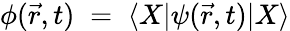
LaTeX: \phi(\vec{r},t)\; =\; \langle X|\psi(\vec{r},t)|X\rangle